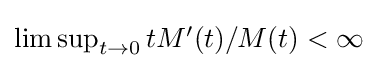
{\textstyle \limsup _{t\to 0}tM'(t)/M(t)<\infty }